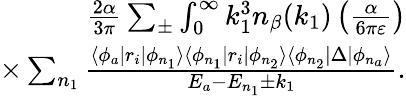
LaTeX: \begin{array}{r}{\frac{2\alpha}{3\pi}\sum_{\pm}\int_{0}^{\infty}k_{1}^{3}n_{\beta}(k_{1})\left(\frac{\alpha}{6\pi\varepsilon}\right)}\\ {\times\sum_{n_{1}}\frac{\langle\phi_{a}|r_{i}|\phi_{n_{1}}\rangle\langle\phi_{n_{1}}|r_{i}|\phi_{n_{2}}\rangle\langle\phi_{n_{2}}|\Delta|\phi_{n_{a}}\rangle}{E_{a}-E_{n_{1}}\pm k_{1}}.}\end{array}